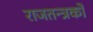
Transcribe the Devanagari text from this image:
राजतन्त्रको